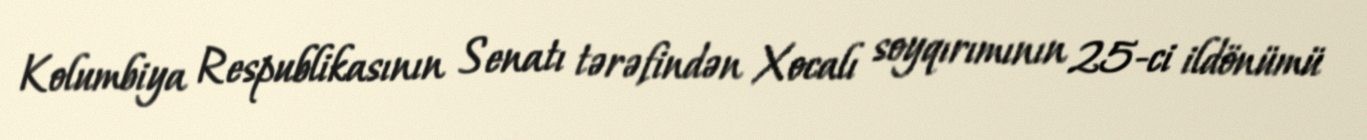
Kolumbiya Respublikasının Senatı tərəfindən Xocalı soyqırımının 25-ci ildönümü